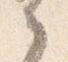
之